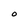
Character: O